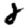
Digit: 2